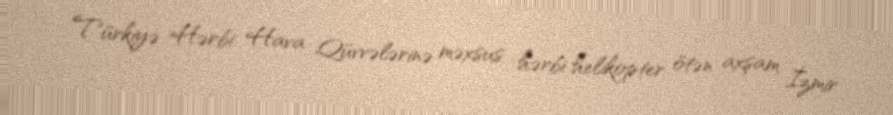
Türkiyə Hərbi Hava Qüvvələrinə məxsus hərbi helikopter ötən axşam İzmir